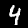
Label: 4